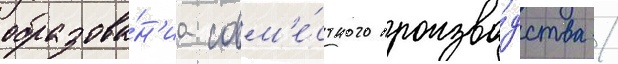
образова́н'иа совм'е́стного произво́дства /